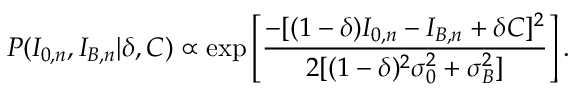
P ( I _ { 0 , n } , I _ { B , n } | \delta , C ) \propto \exp \left[ \frac { - [ ( 1 - \delta ) I _ { 0 , n } - I _ { B , n } + \delta C ] ^ { 2 } } { 2 [ ( 1 - \delta ) ^ { 2 } \sigma _ { 0 } ^ { 2 } + \sigma _ { B } ^ { 2 } ] } \right] .